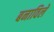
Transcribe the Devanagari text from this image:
बनाविले